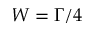
W = \Gamma / 4